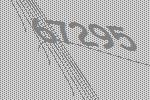
67295